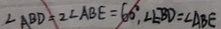
\angle A B D = 2 \angle A B E = 6 0 ^ { \circ } , \angle E B D = \angle A B E